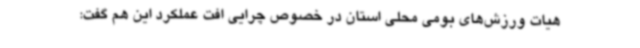
هیات ورزش‌های بومی محلی استان در خصوص چرایی افت عملکرد این هم گفت: